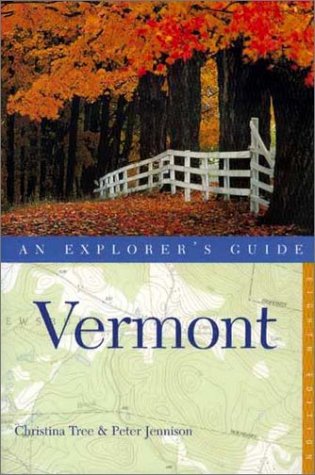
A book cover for Vermont: An Explorer's Guide; Christina Tree; Travel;